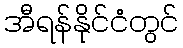
အီရန်နိုင်ငံတွင်